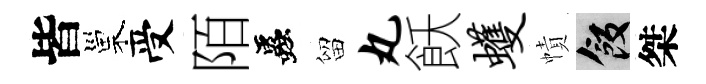
皆巢受陌蟲留丸飫蠖幘飯桀